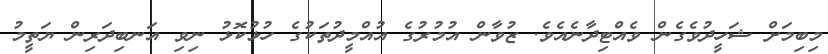
މިބިމަށް ޝަހީދުވެގެން ވެއްޓިދާނެއެވެ. ޒުވާން އުމުރުގެ އުއްމީދުތަކުގެ ހުޅުކޮޅު ނިވި އަނބިދަރިން ޔަތީމު